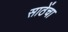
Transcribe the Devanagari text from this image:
साठेंचा